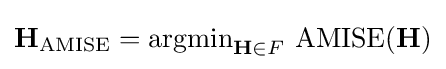
\mathbf {H} _{\operatorname {AMISE} }=\operatorname {argmin} _{\mathbf {H} \in F}\,\operatorname {AMISE} (\mathbf {H} )